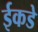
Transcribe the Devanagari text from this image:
ईकडे